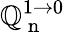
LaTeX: \mathbb{Q}_{\mathrm{{~n~}}}^{1\rightarrow0}